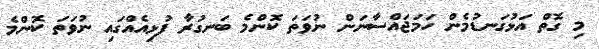
މި ގޮތް އަޅުގަނޑުމެން ހަމަޖައްސާނަން ނުވަތަ ކޮންމެ ބަނގުރާ ފުޅިއެއްގައި ނުވަތަ ކޮންމެ